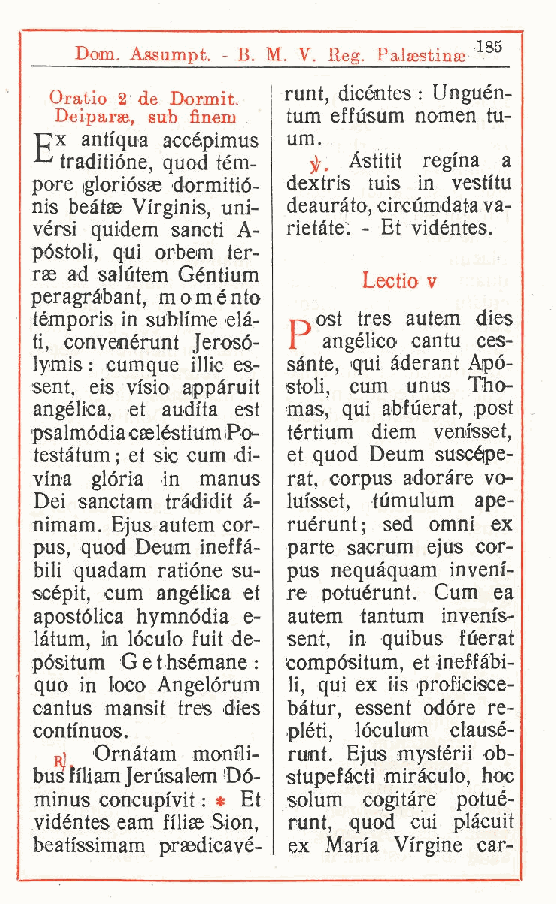
Dom. Assmnpt. - B. M. V Reg. Palaestina; 135
 .
 Oratio 2 de Dorimit. runt, dicéntes : Unguén-
 Dciparae sub fineru tum effùsum nomen tu-
 ,
 px antiqua accépimus um.
 traditióne quod tem- Astitit regina a
 ,
 pore igloriósse dormitió- dextris tuis in vestitu
 nis beàtas Vi'rginis uni- deauràto, circùmdata va-
 vèrsi quidem sanc, ti A- rietàte. - Et vidéntes.
 póstoli, qui orbem ter-
 rae ad salutem Géntium Lectio v
 peragràbant, moménto
 témporis in sublime elà- T-jOst tres autem dies
 ti, convenérunt Jerosó- r angelico cantu ces-
 lymis : cumque illic es- sànte, qui àderant Apó-
 sent, eis visio aippàruit stoli, cum unus Tho-
 angelica, et audita est mas, qui abfùerat, post
 psalmódia caeléstium iPo- tértium diem venisset,
 testàtum ; et sic cum di- et quod Deum suscépe-
 vina glòria in manus rat, corpus adorare vo-
 Dei sanctam tràdidit à- luisset, tumulum ape-
 nimam. Ejus autem cor- ruérunt; sed omni ex
 pus, quod Deum ineffà- parte sacrum ejus cor-
 bili quadam ratióne su- pus nequàquam inveni-
 scépit, cum angélica et re potuérunt. Cum ea
 apostòlica hymnòdia e- autem tantum invenis-
 làtum, in lòculo fuit de- sent, in quibus fùerat
 pósitum Gethsémane: compósitum, et ineffàbi-
 quo in loco Angelórum li, qui ex iis proficisce-
 cantus mansit tres dies bàtur, essent odóre re-
 continuos.       pléti, lóculum clausé-
 Ornàtam monili- runt. Ejus mystérii ob-
 bus filiamjerùsalem Dò- stupefàcti miràculo, hoc
 minus concupivit : * Et solum cogitare potué-
 vidéntes eam filige Sion, runt, quod cui plàcuit
 beatissimam prsedicavé- ex Maria Virgine car-